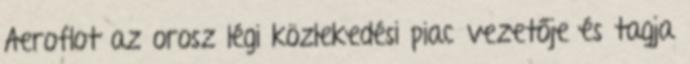
Aeroflot az orosz légi közlekedési piac vezetője és tagja